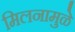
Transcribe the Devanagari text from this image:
मिलनामुळे